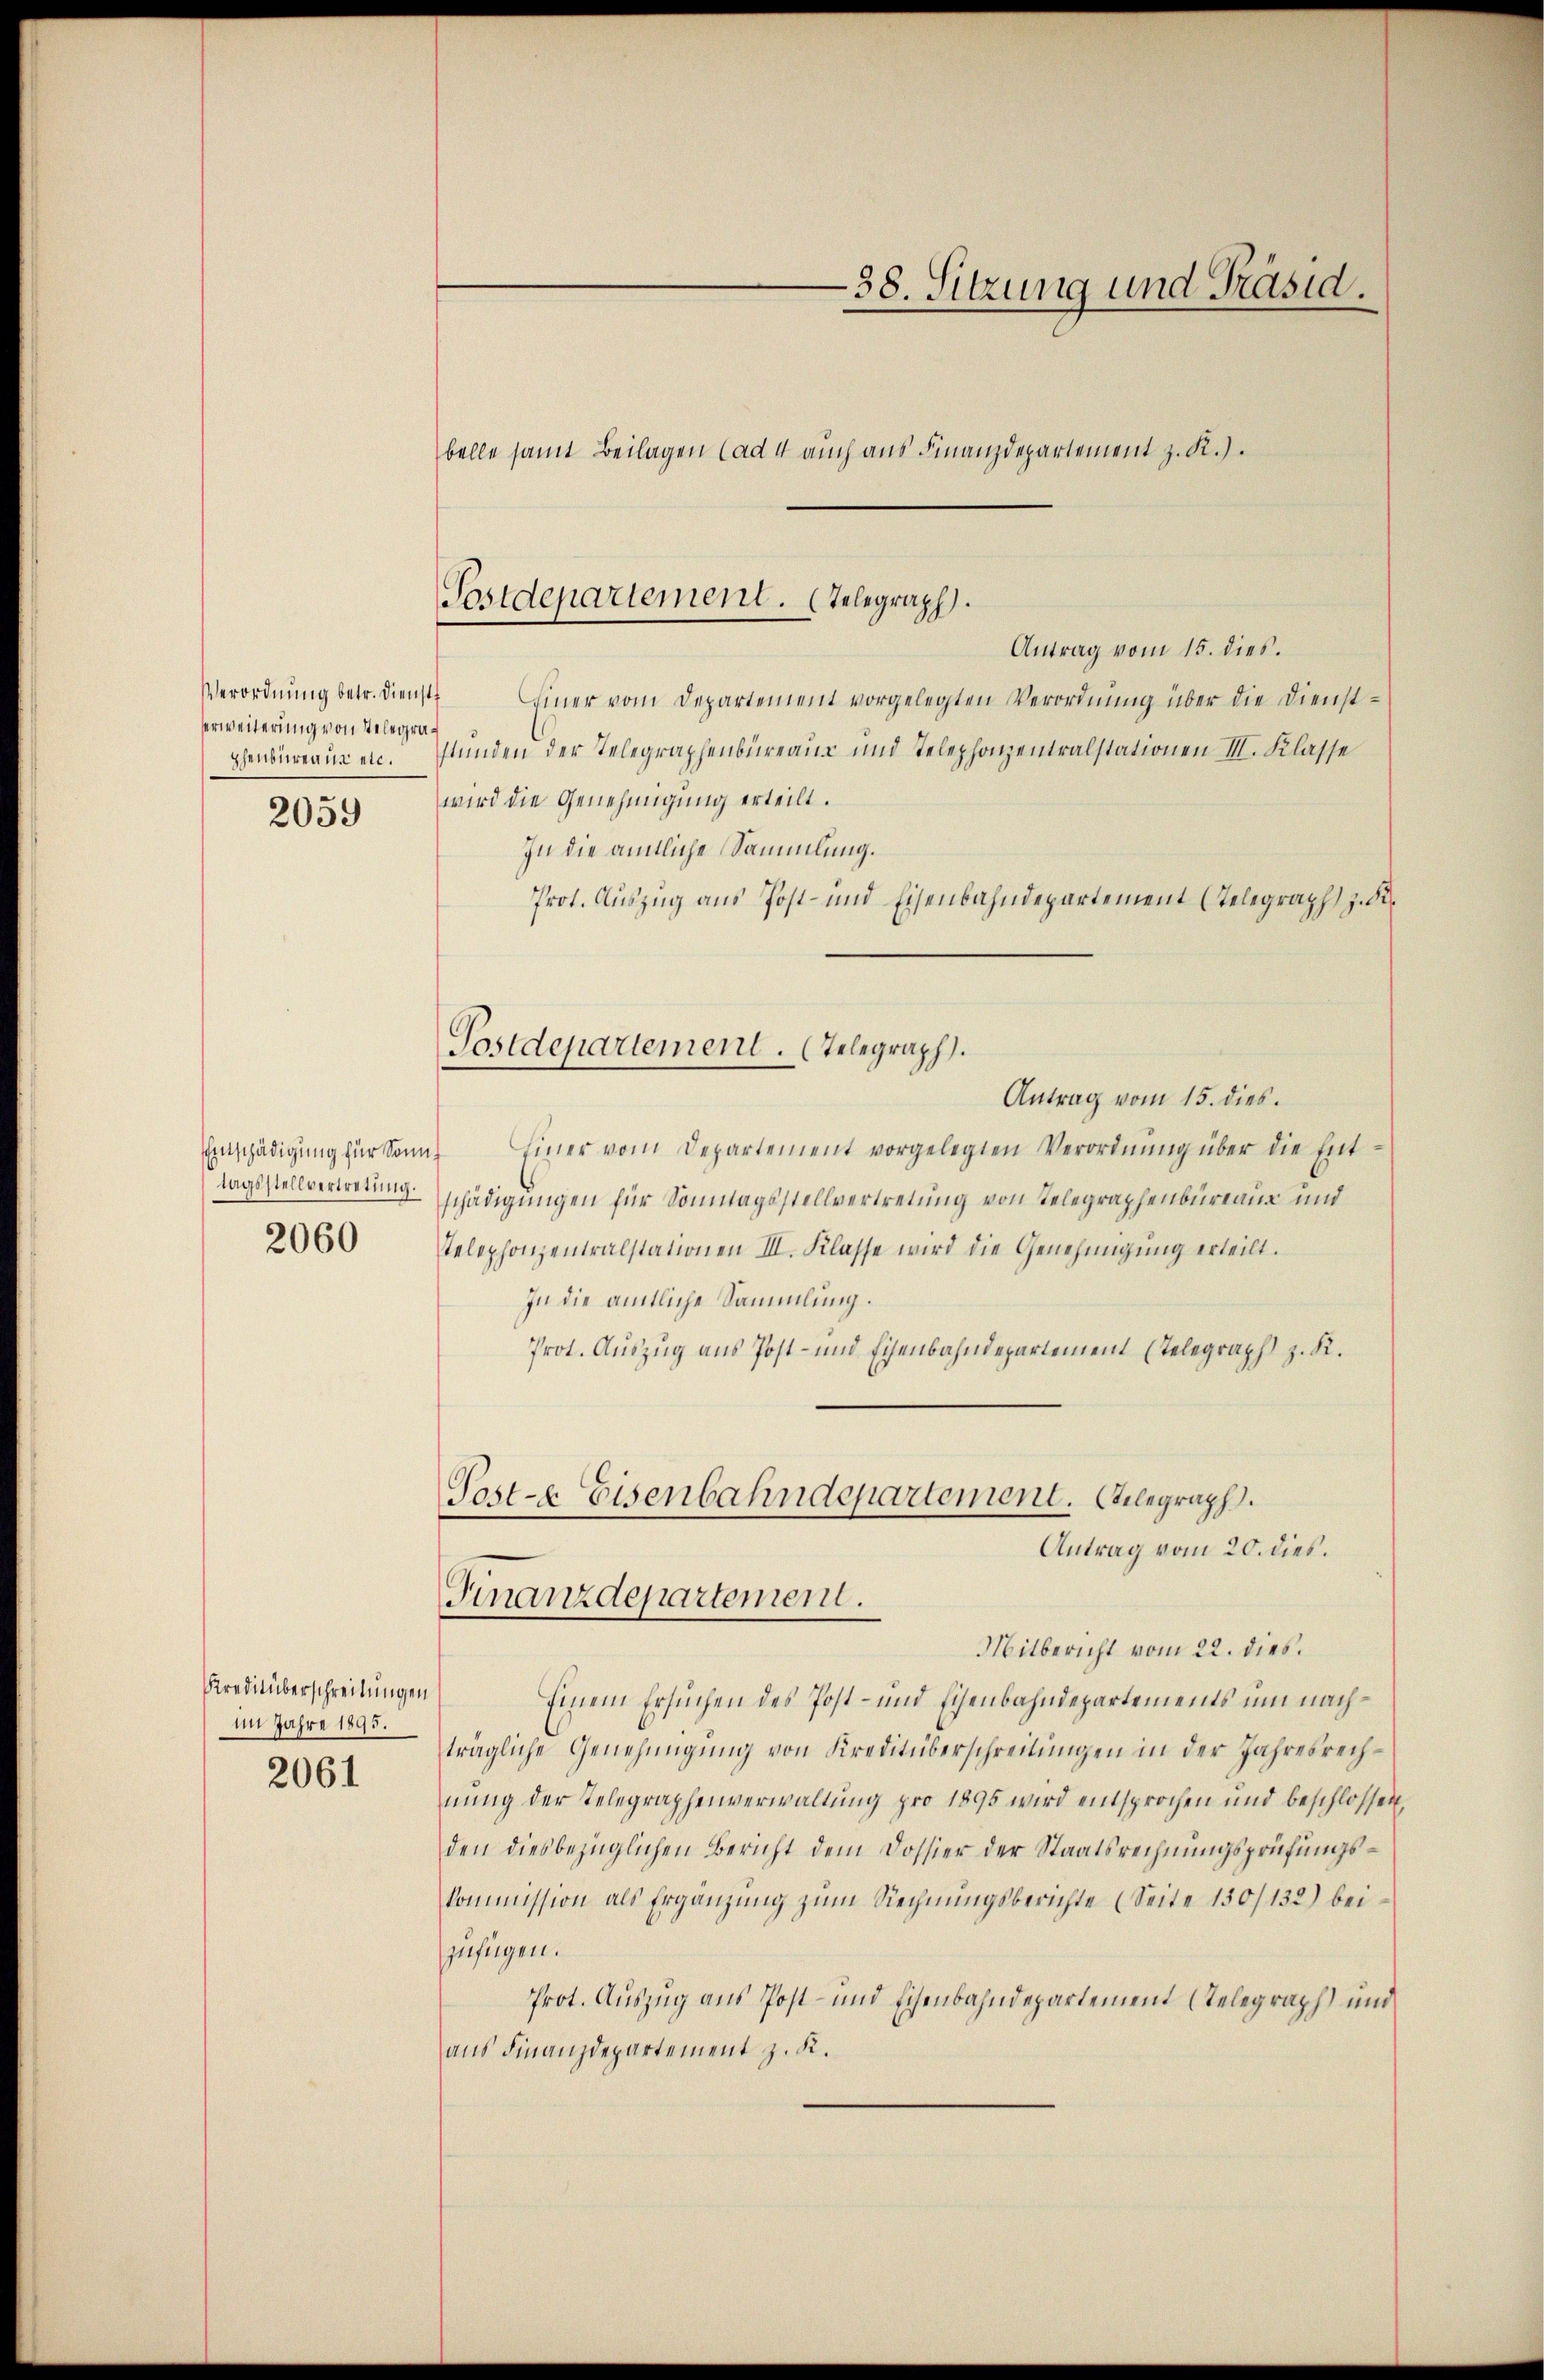
Verordnung betr. Dienstf
serweiterung von Stelegraphenbureau ein.

2059

tagsstellvertretung.
2060

Kreditüberschreibungen
im Jahre 1895.
2061

-38. Sitzung und Präsid.
belle samt Beilagen (ad 4 auch aus Finanzdepartement z. R.).

Postdepartement. (Telegraph

Antrag vom 15. dies.
Einer vom Departement vorgelegten Verordnung über die Dienststunden der Telegraphenbureaus und Telephonzentralstationen III. Klasse
wird die Genehmigung erteilt.
In die ämtliche Sammlung.
Prot. Auszug aus Post- und Eisenbahndepartement (Telegraph z. B.
Antrag vom 15. dies.
Einschädigŭng für Sonn. Einer vom Departement vorgelegten Verordnŭng über die Ent-
schädigungen für Sonntagsstellvertretung von Telegraphenbüreaus und
telephonzentralstationen III. Klasse wird die Genehmigung erteilt.
In die amtliche Sammlung.
Prot. Auszug aus Post- und Eisenbahndepartement (Telegraph z. K.
Teste Eisenbahndepartement. Gelegraph.
Antrag vom 20. dies.
Finanzdepartement.
Mitbericht vom 22. dies.
Einem Ersuchen des Post- und Eisenbahndepartements um nachträgliche Genehmigung von Kreditüberschreibungen in der Jahresrechnŭng der Telegraphenverwaltung pro 1895 wird entsprochen und beschlossen
den diesbezüglichen Bericht dem Dossier der Staatsrechnŭngsprüfŭngskommission als Ergänzŭng zum Rechnŭngsberichte (Seite 130/132) beizufügen.
Prot. Auszug aus Post- und Eisenbahndepartement (Telegraph) und
aus Finanzdepartement z. K.

Postdepartement. Telegraph.